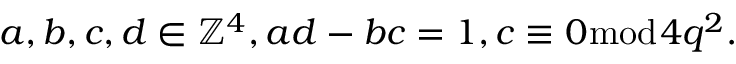
a , b , c , d \in \mathbb { Z } ^ { 4 } , a d - b c = 1 , c \equiv 0 { \bmod { 4 } } q ^ { 2 } .